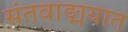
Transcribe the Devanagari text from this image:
संतवाङ्मयात